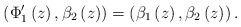
\begin{align*}\left(\Phi'_1\left(z\right), \beta_2\left(z\right)\right)=\left( \beta_1\left(z\right),\beta_2\left(z\right)\right).\end{align*}